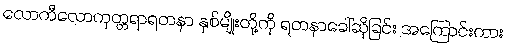
လောကီလောကုတ္တရာရတနာ နှစ်မျိုးတို့ကို ရတနာခေါ်ဆိုခြင်း အကြောင်းကား